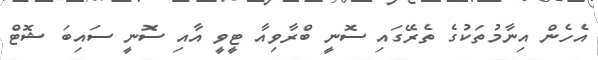
އެހެން އިނާމުތަކުގެ ތެރޭގައި ސޮނީ ބްރާވިއާ ޓީވީ އާއި ސޮނީ ސައިބަ ޝޮޓް